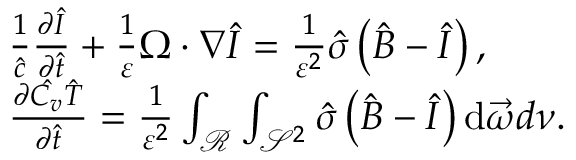
\begin{array} { r l } & { \frac { 1 } { \hat { c } } \frac { \partial \hat { I } } { \partial \hat { t } } + \frac { 1 } { \varepsilon } \Omega \cdot \nabla \hat { I } = \frac { 1 } { \varepsilon ^ { 2 } } \hat { \sigma } \left( \hat { B } - \hat { I } \right) , } \\ & { \frac { \partial \hat { C _ { v } } \hat { T } } { \partial \hat { t } } = \frac { 1 } { \varepsilon ^ { 2 } } \int _ { \mathcal { R } } \int _ { \mathcal { S } ^ { 2 } } \hat { \sigma } \left( \hat { B } - \hat { I } \right) \mathrm { d } \vec { \omega } d \nu . } \end{array}